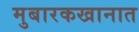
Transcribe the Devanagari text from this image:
मुबारकखानात